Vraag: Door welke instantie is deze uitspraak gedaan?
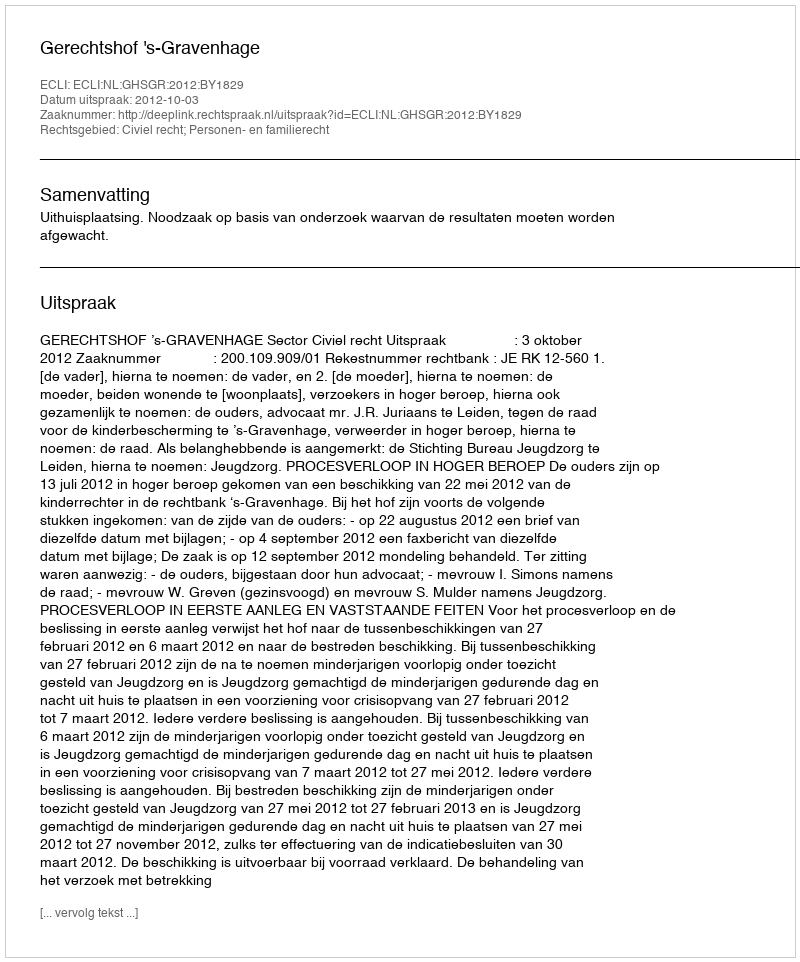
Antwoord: Gerechtshof 's-Gravenhage